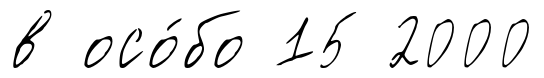
в осо́бо 15 2000